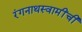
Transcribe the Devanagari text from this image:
रंगनाथस्वामींची